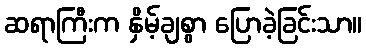
ဆရာကြီးက နှိမ့်ချစွာ ပြောခဲ့ခြင်းသာ။